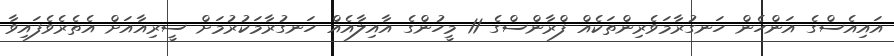
އައިއެސްގެ އަންހެން ހަނގުރާމަވެރިންތަކެއް ފްރާންސްގެ 11 މީހުންގެ އާއިލާއެއް ހަނގުރާމަކުރުމަށް ސީރިއާއަށް އެތެރެވެފައިވާ